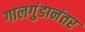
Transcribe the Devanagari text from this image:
गालगुंडानंतर